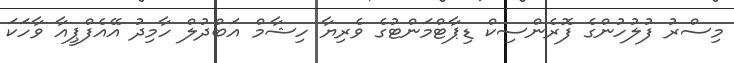
މިސްރު ފުލުހުންގެ ފޮރެންސިކް ޑިޕާޓްމަންޓުގެ ވެރިޔާ ހިޝާމް އަބްދުލް ހާމިދު އޭއެފްޕީއާ ވާހަކަ